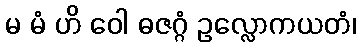
မ မံ ဟိ ဝေါ ဓဇဂ္ဂံ ဥလ္လောကယတံ၊